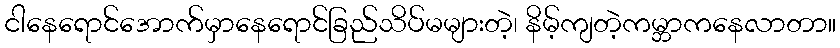
ငါနေရောင်အောက်မှာနေရောင်ခြည်သိပ်မများတဲ့၊ နိမ့်ကျတဲ့ကမ္ဘာကနေလာတာ။